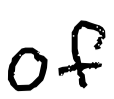
Text: of
Cross-out: clean
Writing tool: digital_black